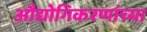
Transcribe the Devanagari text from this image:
औद्योगिकरणांच्या